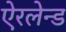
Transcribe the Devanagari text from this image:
ऐरलेन्ड